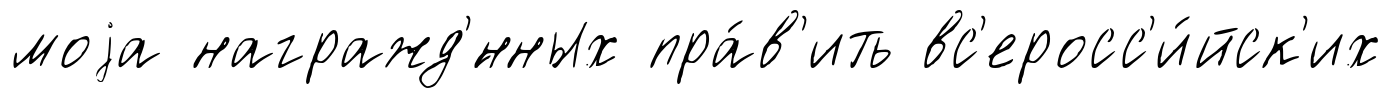
моjа награжд'́нных пра́в'ить вс'еросс'и́йск'их